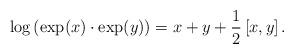
LaTeX: \begin{align*}\log\left(\exp(x)\cdot\exp(y)\right)=x+y+\frac{1}{2}\left[x,y\right].\end{align*}